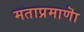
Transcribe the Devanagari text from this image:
मताप्रमाणाॆ